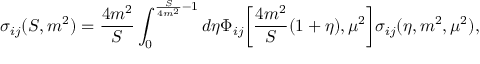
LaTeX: \sigma _ { i j } ( S , m ^ { 2 } ) = { \frac { 4 m ^ { 2 } } { S } } \int _ { 0 } ^ { { \frac { S } { 4 m ^ { 2 } } } - 1 } d \eta \Phi _ { i j } \biggl [ { \frac { 4 m ^ { 2 } } { S } } ( 1 + \eta ) , \mu ^ { 2 } \biggr ] \sigma _ { i j } ( \eta , m ^ { 2 } , \mu ^ { 2 } ) ,